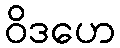
ဝိဒဟေ